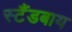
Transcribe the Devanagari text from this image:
स्टैंडबाय